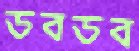
ডবডব